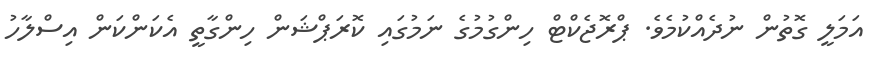
އަމަލީ ގޮތުން ނުދެއްކުމެވެ. ޕްރޮޖެކްޓް ހިންގުމުގެ ނަމުގައި ކޮރަޕްޝަން ހިންގާތީ އެކަންކަން އިސްލާހު